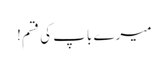
میرے باپ کی قسم!